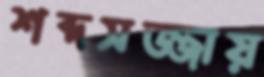
শব্দসজ্জায়